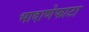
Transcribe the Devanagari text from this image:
भादाणेफाटा